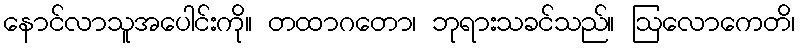
နောင်လာသူအပေါင်းကို။ တထာဂတော၊ ဘုရားသခင်သည်။ ဩလောကေတိ၊